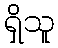
ရှိသူ